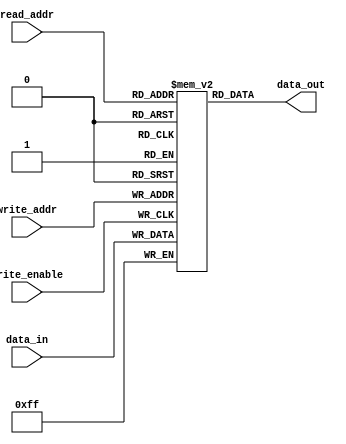
module MemoryBlocksCircularRegFile
(
input wire [7:0] data_in,
input wire [3:0] read_addr,
input wire [3:0] write_addr,
input wire write_enable,
output reg [7:0] data_out
);

reg [7:0] memory [15:0]; // Array to store register data
reg [3:0] current_addr;

always @ (posedge write_enable)
begin
    memory[write_addr] <= data_in; // Write data to the specified register address
end

always @ (read_addr)
begin
    data_out <= memory[read_addr]; // Read data from the specified register address
end

always @ (posedge write_enable)
begin
    if (current_addr == 15)
        current_addr <= 0;
    else
        current_addr <= current_addr + 1; // Increment current address in a circular fashion
end

endmodule